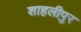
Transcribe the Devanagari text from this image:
शाहलीपुर